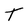
Character: T